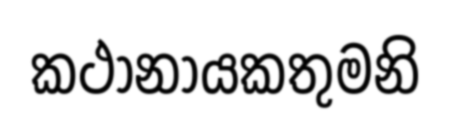
කථානායකතුමනි